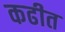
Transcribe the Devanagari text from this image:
कढीत